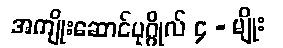
အကျိုးဆောင်ပုဂ္ဂိုလ် ၄ - မျိုး